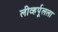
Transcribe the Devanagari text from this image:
लीव्हर्पूलला